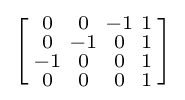
\left[{\begin{smallmatrix}0&0&-1&1\\0&-1&0&1\\-1&0&0&1\\0&0&0&1\\\end{smallmatrix}}\right]